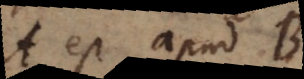
A est apud B